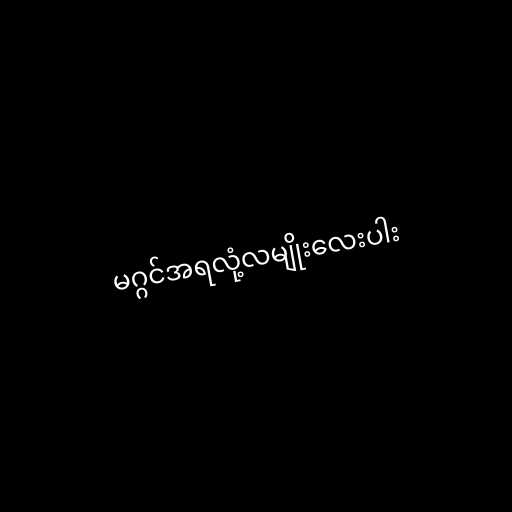
မဂ္ဂင်အရလုံ့လမျိုးလေးပါး